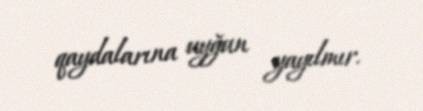
qaydalarına uyğun yayılmır.